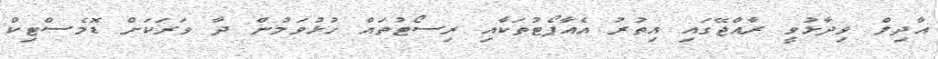
އާދިލް ވިދާޅުވީ ރާއްޖޭގައި އިތުރު އެއާޕޯޓުތަކާއި ރިސޯޓުތައް ހުޅުވަމުން ދާ ވަރަކަށް ޑޮމެސްޓިކް